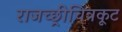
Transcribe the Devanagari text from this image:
राजच्छ्रीचित्रकूट